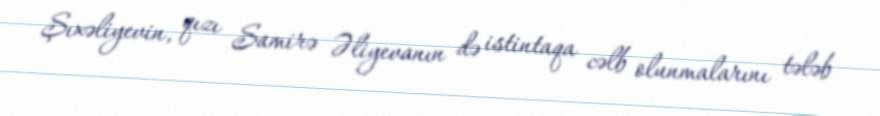
Şıxəliyevin, qızı Samirə Əliyevanın də istintaqa cəlb olunmalarını tələb